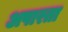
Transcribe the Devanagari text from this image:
अपारता